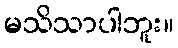
မသိသာပါဘူး။